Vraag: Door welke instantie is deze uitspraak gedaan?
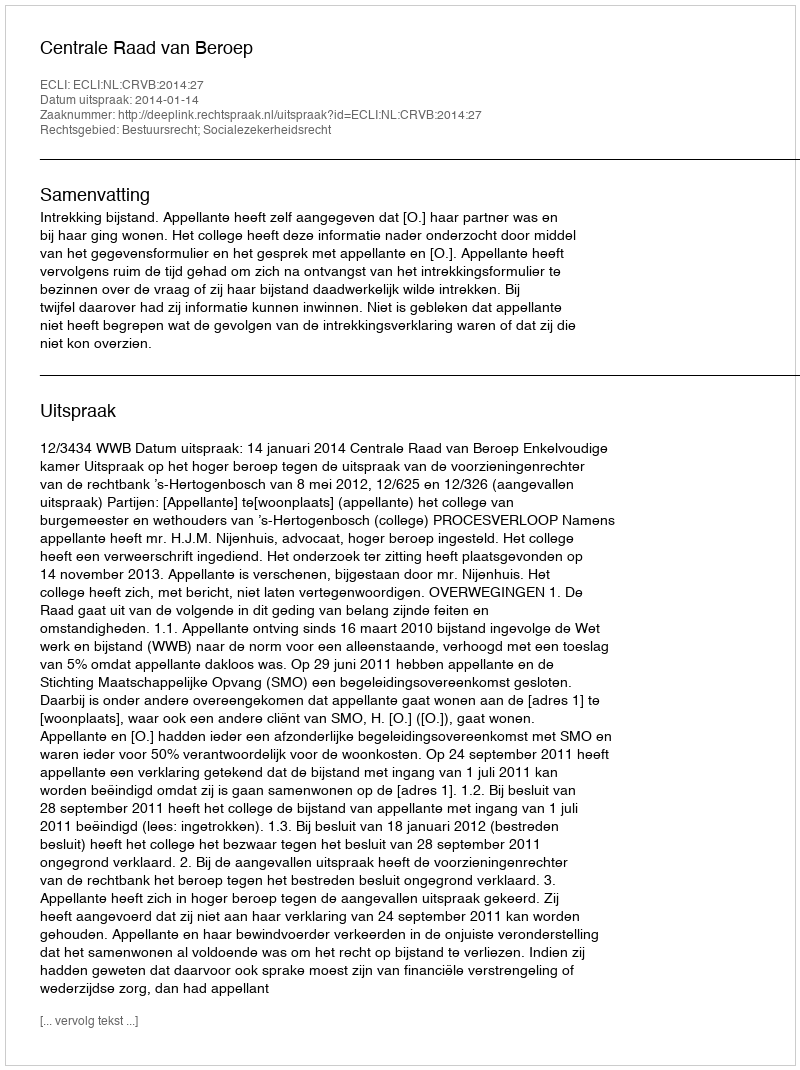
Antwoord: Centrale Raad van Beroep